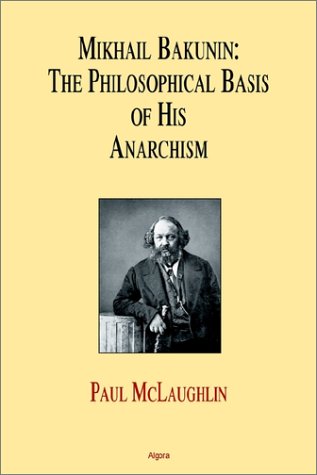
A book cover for Mikhail Bakunin: The Philosophical Basis of His Anarchism; Paul McLaughlin; Politics & Social Sciences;